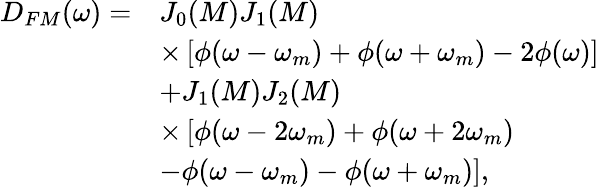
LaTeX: \begin{array}{rl}{D_{FM}(\omega)=}&{J_{0}(M)J_{1}(M)}\\ &{\times\left[\phi(\omega-\omega_{m})+\phi(\omega+\omega_{m})-2\phi(\omega)\right]}\\ &{+J_{1}(M)J_{2}(M)}\\ &{\times\left[\phi(\omega-2\omega_{m})+\phi(\omega+2\omega_{m})\right.}\\ &{\left.-\phi(\omega-\omega_{m})-\phi(\omega+\omega_{m})\right],}\end{array}